Calcutta medical institutions reports 1892-1900
Year: 1892
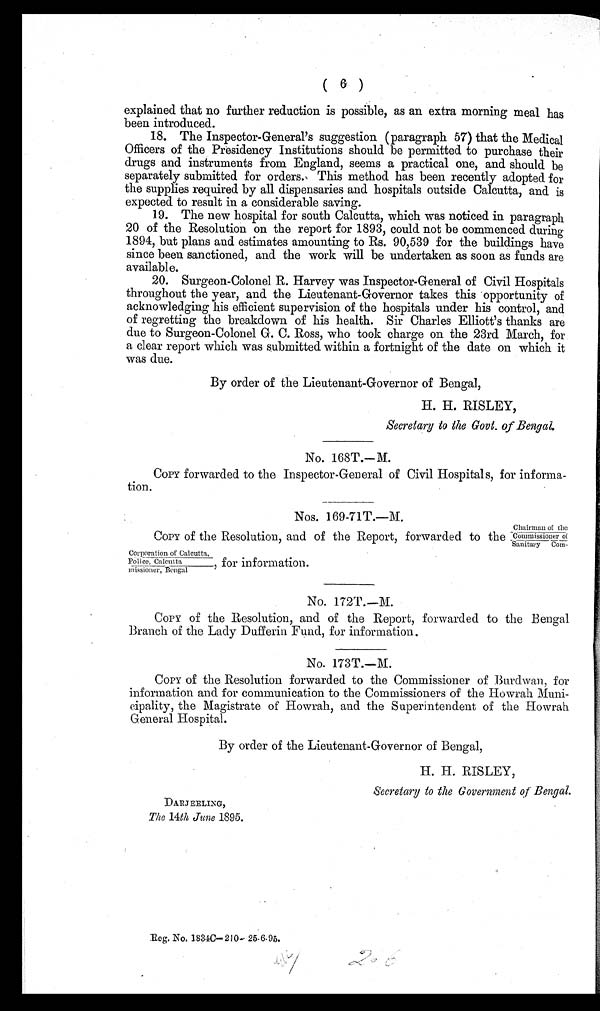
( 6 )
explained that no further reduction is possible, as an extra morning meal has
been introduced.
18. The Inspector-General's suggestion (paragraph 57) that the Medical
Officers of the Presidency Institutions should be permitted to purchase their
drugs and instruments from England, seems a practical one, and should be
separately submitted for orders. This method has been recently adopted for
the supplies required by all dispensaries and hospitals outside Calcutta, and is
expected to result in a considerable saving.
19. The new hospital for south Calcutta, which was noticed in paragraph
20 of the Resolution on the report for 1893, could not be commenced during
1894, but plans and estimates amounting to Rs. 90,539 for the buildings have
since been sanctioned, and the work will be undertaken as soon as funds are
available.
20. Surgeon-Colonel R. Harvey was Inspector-General of Civil Hospitals
throughout the year, and the Lieutenant-Governor takes this opportunity of
acknowledging his efficient supervision of the hospitals under his control, and
of regretting the breakdown of his health. Sir Charles Elliott's thanks are
due to Surgeon-Colonel G. C. Ross, who took charge on the 23rd March, for
a clear report which was submitted within a fortnight of the date on which it
was due.
By order of the Lieutenant-Governor of Bengal,
H. H. RISLEY,
Secretary to the Govt. of Bengal.
No. 168T.—M.
COPY forwarded to the Inspector-General of Civil Hospitals, for informa-
tion.
Nos. 169-71T.—M.
COPY of the Resolution, and of the Report, forwarded to the
Ch a i r ma n o f t h e / Co mmi s s i o n e r o f / S a n i t a r y Co m- Co r p o r a t i o n o f Ca l c u t t a , / P o l i c e , Ca l c u t t a / mi s s i o n e r , Be n g a l , f o r i n f o r ma t i o n .
NO. 172T.—M.
COPY of the Resolution, and of the Report, forwarded to the Bengal
Branch of the Lady Dufferin Fund, for information.
No. 173T.—M.
COPY of the Resolution forwarded to the Commissioner of Burdwan, for
information and for communication to the Commissioners of the Howrah Muni-
cipality, the Magistrate of Howrah, and the Superintendent of the Howrah
General Hospital.
By order of the Lieutenant-Governor of Bengal,
H. H. RISLEY,
Secretary to the Government of Bengal.
DARJEELING,
The 14th June 1895.
Reg. No. 1834C— 210- 25-6.95.
206